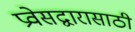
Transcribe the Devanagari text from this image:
प्रवेसद्वारासाठी